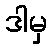
ဒါမှ